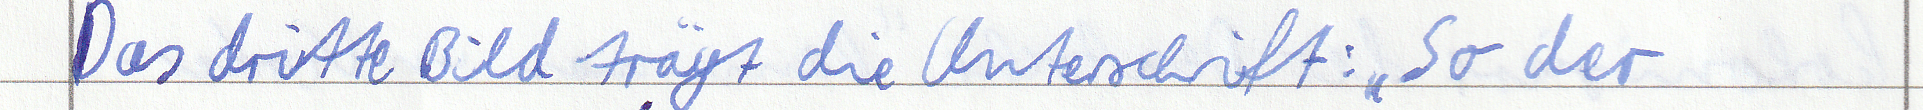
Das dritte Bild trägt die Unterschrift: " So der